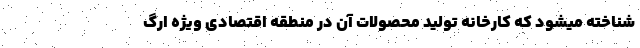
شناخته میشود که کارخانه تولید محصولات آن در منطقه اقتصادی ویژه ارگ